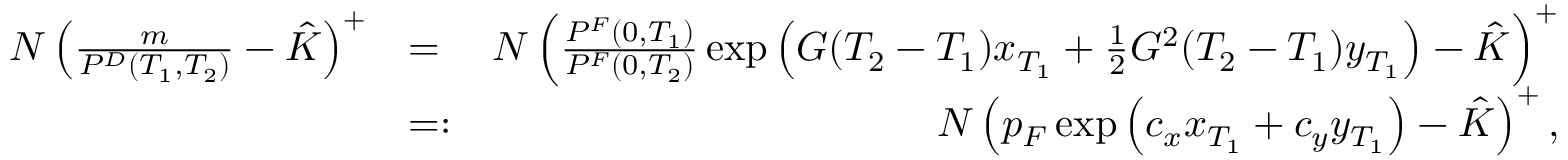
\begin{array} { r l r } { N \left( \frac { m } { P ^ { D } ( T _ { 1 } , T _ { 2 } ) } - \hat { K } \right) ^ { + } } & { = } & { N \left( \frac { P ^ { F } ( 0 , T _ { 1 } ) } { P ^ { F } ( 0 , T _ { 2 } ) } \exp \left( G ( T _ { 2 } - T _ { 1 } ) x _ { T _ { 1 } } + \frac { 1 } { 2 } G ^ { 2 } ( T _ { 2 } - T _ { 1 } ) y _ { T _ { 1 } } \right) - \hat { K } \right) ^ { + } } \\ & { = : } & { N \left( p _ { F } \exp \left( c _ { x } x _ { T _ { 1 } } + c _ { y } y _ { T _ { 1 } } \right) - \hat { K } \right) ^ { + } , } \end{array}